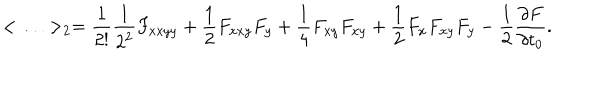
< \ldots > _ { 2 } = { \frac { 1 } { 2 ! } } { \frac { 1 } { 2 ^ { 2 } } } F _ { x x y y } + { \frac { 1 } { 2 } } F _ { x x y } F _ { y } + { \frac { 1 } { 4 } } F _ { x y } F _ { x y } + { \frac { 1 } { 2 } } F _ { x } F _ { x y } F _ { y } - { \frac { 1 } { 2 } } { \frac { \partial F } { \partial t _ { 0 } } } .